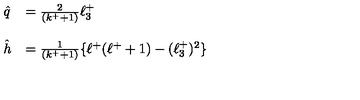
\begin{array} { l l } { \hat { q } } & { = \frac { 2 } { ( k ^ { + } + 1 ) } \ell _ { 3 } ^ { + } } \\ { } & { } \\ { \hat { h } } & { = \frac { 1 } { ( k ^ { + } + 1 ) } \{ \ell ^ { + } ( \ell ^ { + } + 1 ) - ( \ell _ { 3 } ^ { + } ) ^ { 2 } \} } \\ \end{array}